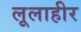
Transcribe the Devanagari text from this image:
लूलाहीर